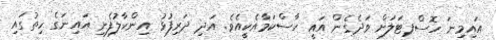
އައިމިނަ ހޮސްޕޓަލަށް ވަދެގެން އައީ ހާސްކަމާއެކީއެވެ. އަދި ދަރިފުޅު އިންހާލުފެނި އައިނަގެ ހިތުގައި